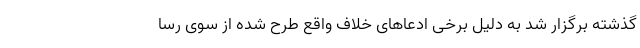
گذشته برگزار شد به دلیل برخی ادعاهای خلاف واقع طرح شده از سوی رسا